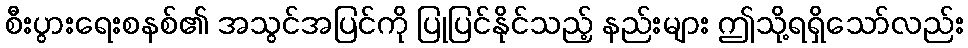
စီးပွားရေးစနစ်၏ အသွင်အပြင်ကို ပြုပြင်နိုင်သည့် နည်းများ ဤသို့ရရှိသော်လည်း